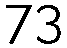
73